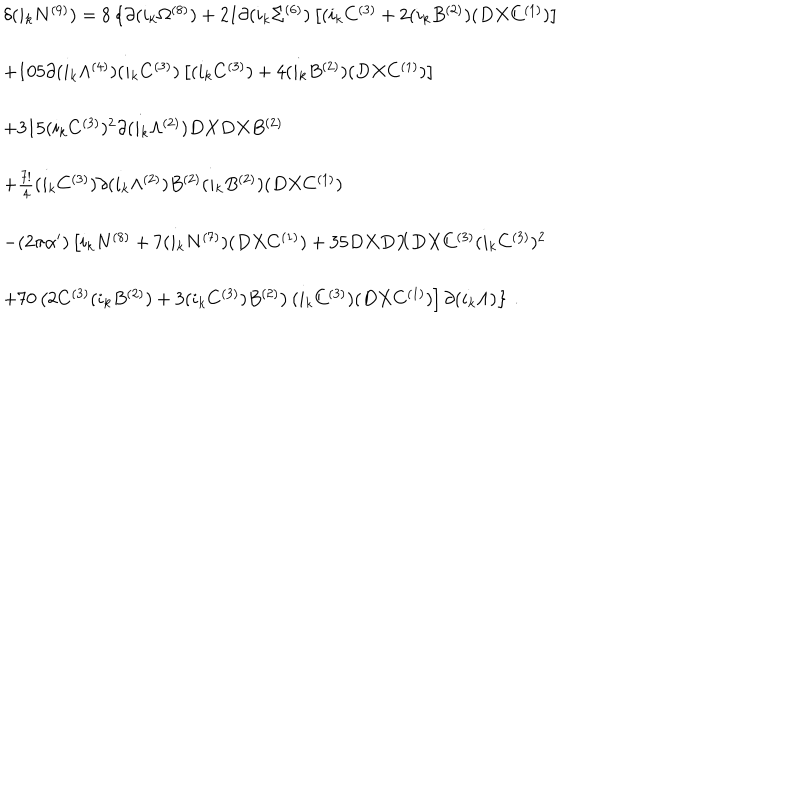
LaTeX: \begin{array} { r c l } { { } } & { { } } & { { \delta ( i _ { k } N ^ { ( 9 ) } ) = 8 \left\{ \partial ( i _ { k } \Omega ^ { ( 8 ) } ) + 2 1 \partial ( i _ { k } \Sigma ^ { ( 6 ) } ) \left[ ( i _ { k } C ^ { ( 3 ) } + 2 ( i _ { k } B ^ { ( 2 ) } ) ( D X C ^ { ( 1 ) } ) \right] \right. } } \\ { { } } & { { } } & { { } } \\ { { } } & { { } } & { { + 1 0 5 \partial ( i _ { k } \Lambda ^ { ( 4 ) } ) ( i _ { k } C ^ { ( 3 ) } ) \left[ ( i _ { k } C ^ { ( 3 ) } ) + 4 ( i _ { k } B ^ { ( 2 ) } ) ( D X C ^ { ( 1 ) } ) \right] } } \\ { { } } & { { } } & { { } } \\ { { } } & { { } } & { { + 3 1 5 ( i _ { k } C ^ { ( 3 ) } ) ^ { 2 } \partial ( i _ { k } \Lambda ^ { ( 2 ) } ) D X D X B ^ { ( 2 ) } } } \\ { { } } & { { } } & { { } } \\ { { } } & { { } } & { { + \frac { 7 ! } { 4 } ( i _ { k } C ^ { ( 3 ) } ) \partial ( i _ { k } \Lambda ^ { ( 2 ) } ) B ^ { ( 2 ) } ( i _ { k } B ^ { ( 2 ) } ) ( D X C ^ { ( 1 ) } ) } } \\ { { } } & { { } } & { { } } \\ { { } } & { { } } & { { - ( 2 \pi \alpha ^ { \prime } ) \left[ i _ { k } N ^ { ( 8 ) } + 7 ( i _ { k } N ^ { ( 7 ) } ) ( D X C ^ { ( 1 ) } ) + 3 5 D X D X D X C ^ { ( 3 ) } ( i _ { k } C ^ { ( 3 ) } ) ^ { 2 } \right. } } \\ { { } } & { { } } & { { } } \\ { { } } & { { } } & { { \left. \left. + 7 0 \left( 2 C ^ { ( 3 ) } ( i _ { k } B ^ { ( 2 ) } ) + 3 ( i _ { k } C ^ { ( 3 ) } ) B ^ { ( 2 ) } \right) ( i _ { k } C ^ { ( 3 ) } ) ( D X C ^ { ( 1 ) } ) \right] \partial ( i _ { k } \Lambda ) \right\} \, . } } \\ \end{array}